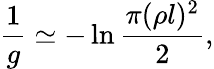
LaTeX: \frac{1}{g}\simeq-\ln\frac{\pi(\rho l)^{2}}{2},